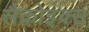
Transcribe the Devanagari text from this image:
लैक्रोइक्स